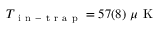
T _ { \mathrm { ~ i ~ n ~ - ~ t ~ r ~ a ~ p ~ } } = 5 7 ( 8 ) \, \, \mu \mathrm { ~ K ~ }